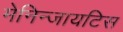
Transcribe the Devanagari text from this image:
मेनिन्जायटिस